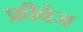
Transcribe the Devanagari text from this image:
फ्रीवेज